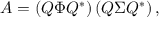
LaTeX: A = \left( Q \Phi Q ^ { * } \right) \left( Q \Sigma Q ^ { * } \right) ,